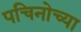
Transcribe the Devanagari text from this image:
पचिनोच्या